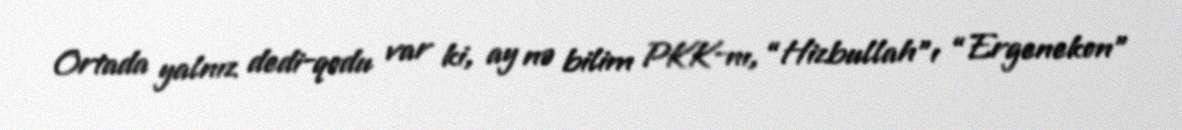
Ortada yalnız dedi-qodu var ki, ay nə bilim PKK-nı, “Hizbullah”ı “Ergenekon”